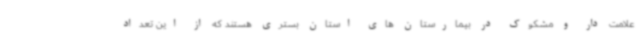
علامت دار و مشکوک در بیمارستان های استان بستری هستند که از این تعداد